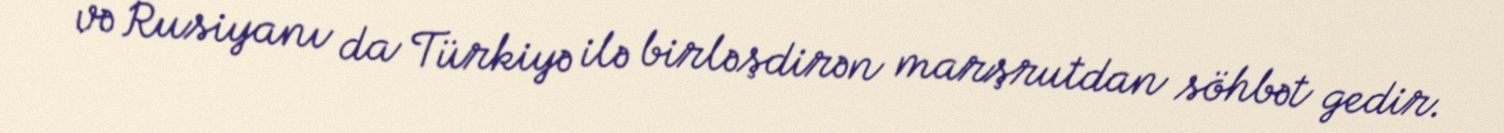
və Rusiyanı da Türkiyə ilə birləşdirən marşrutdan söhbət gedir.